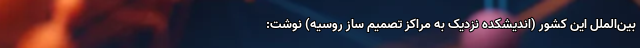
بین‌الملل این کشور (اندیشکده نزدیک به مراکز تصمیم ساز روسیه) نوشت: